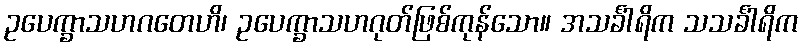
ဥပေက္ခာသဟဂတေဟိ၊ ဥပေက္ခာသဟဂုတ်ဖြစ်ကုန်သော။ အသင်္ခါရိက သသင်္ခါရိက